65_HS1-834228961_62-HQ-83894_Section_3
Agency: FBI
Page 79
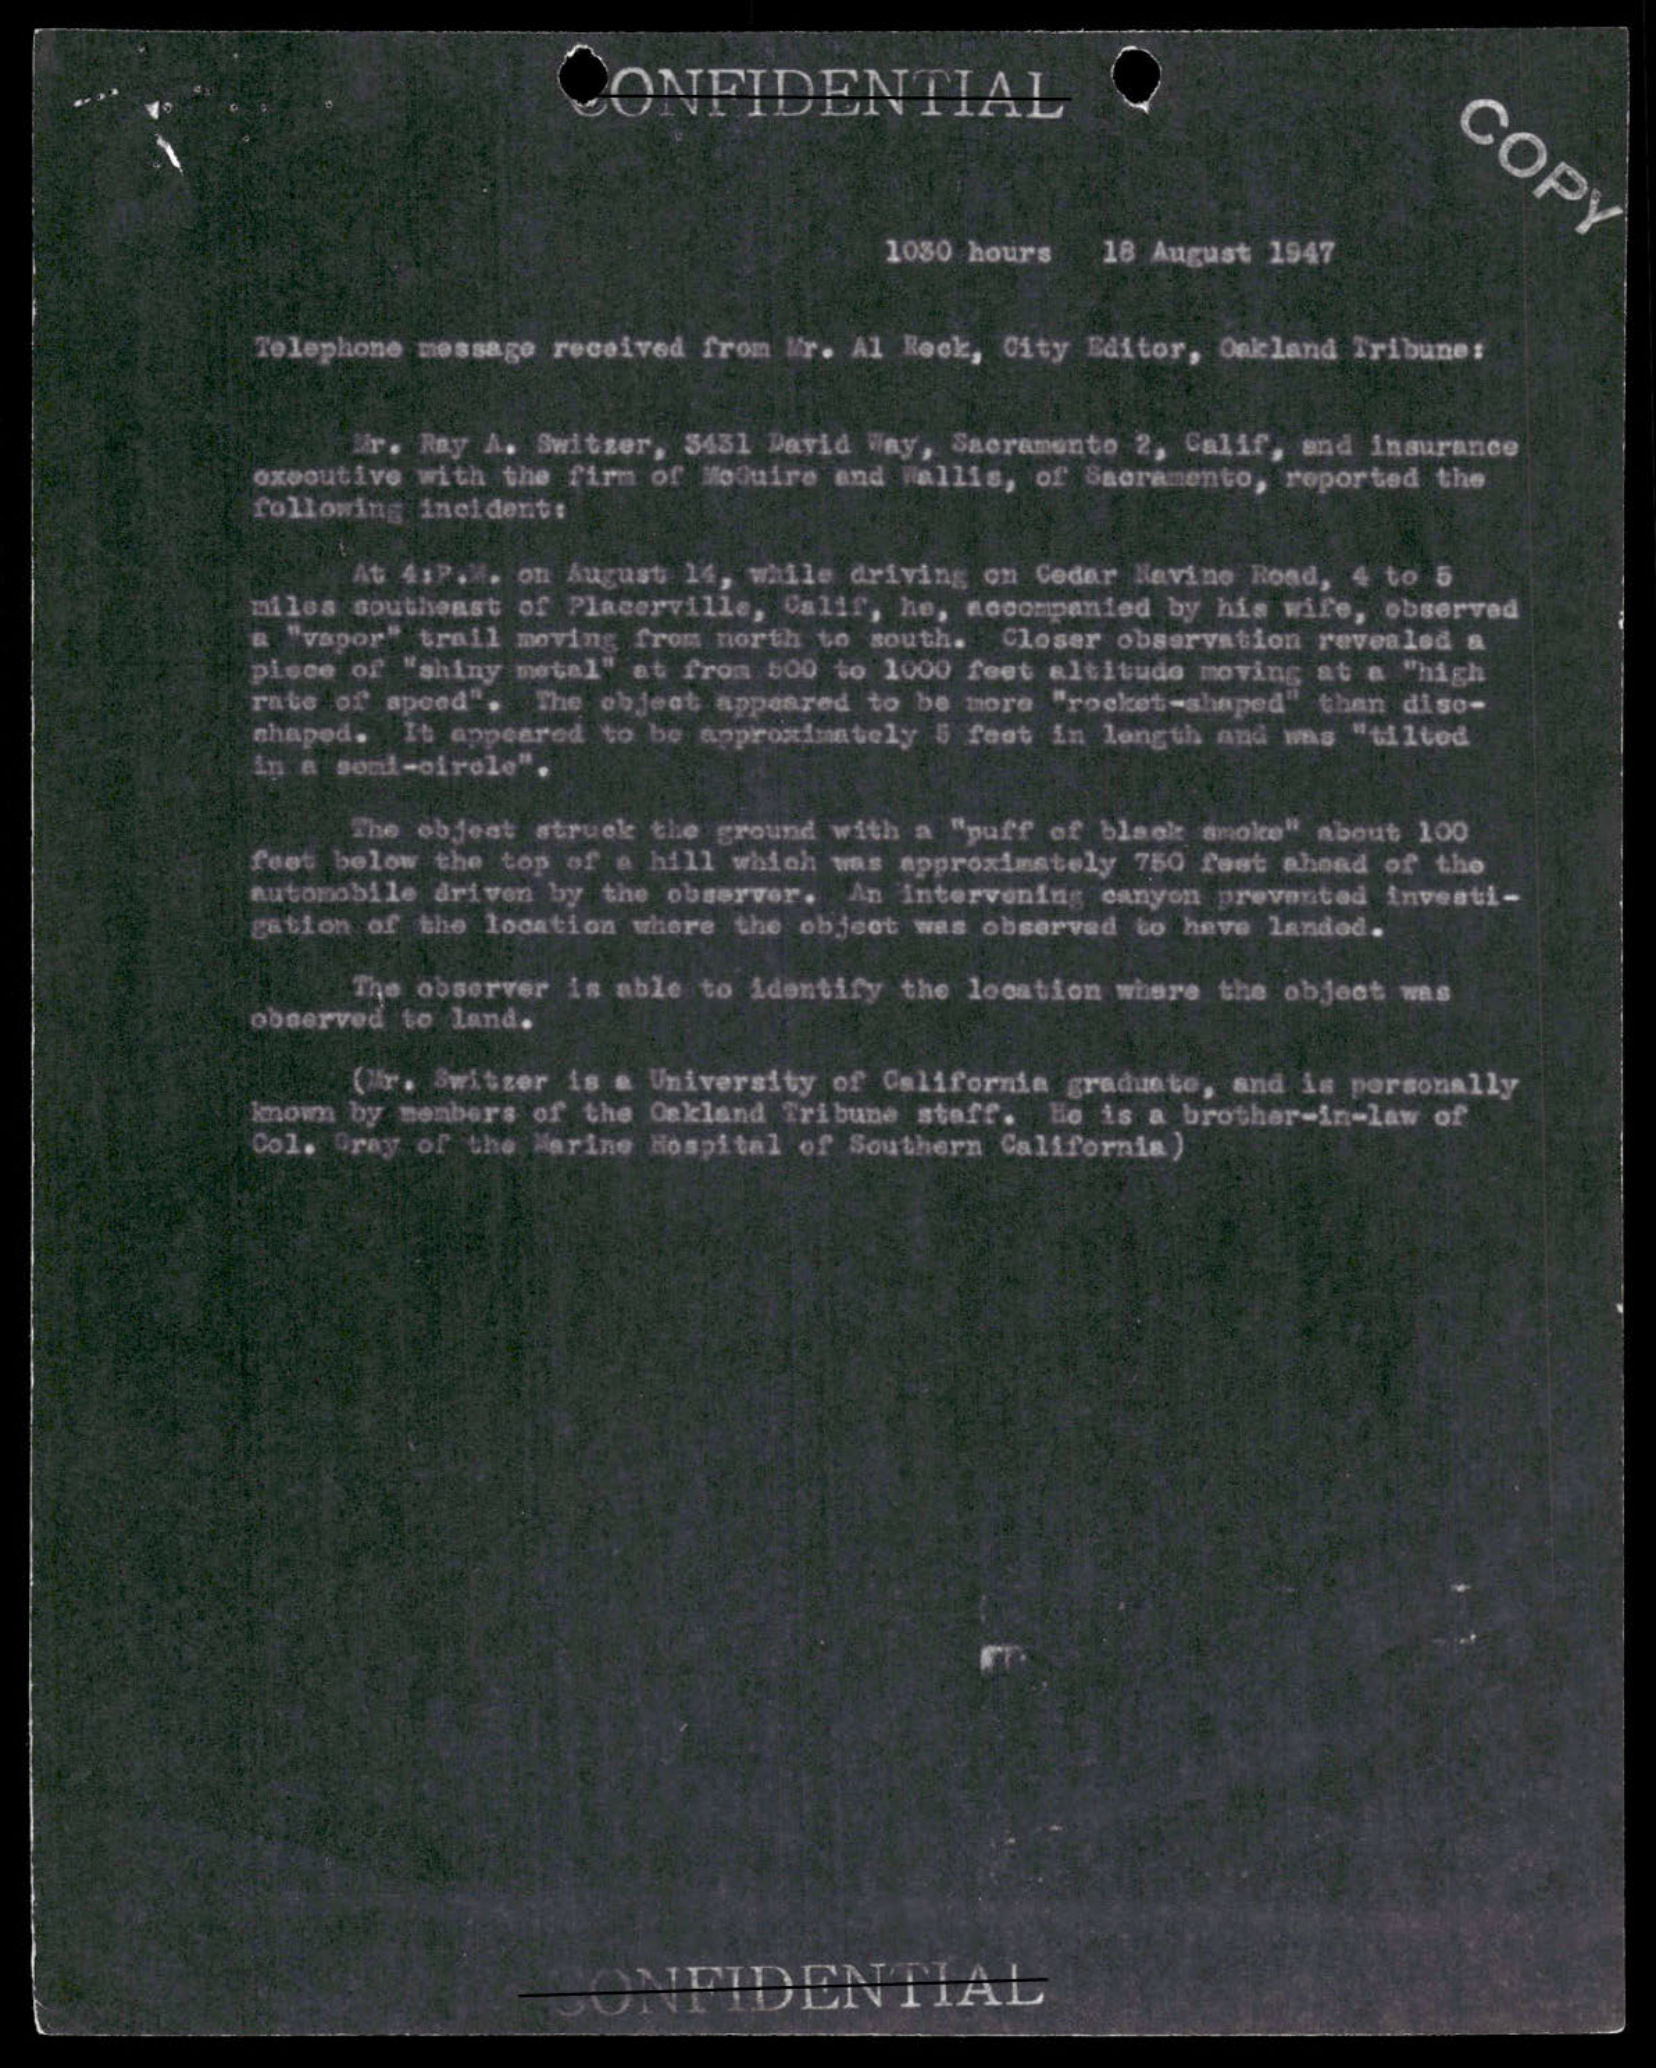